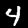
Digit: 4